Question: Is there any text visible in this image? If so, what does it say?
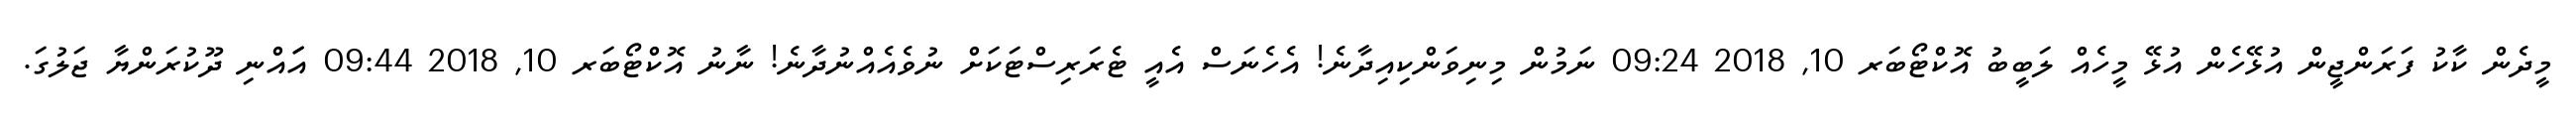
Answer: މީދެން ކާކު ފަރަންޖީން އުޅޭހެން އުޅޭ މީހެއް ލަބީބު އޮކްޓޯބަރ 10, 2018 09:24 ނަމުން މިނިވަންކިއިދާނެ! އެހެނަސް އެއީ ޓެރަރިސްޓަކަށް ނުވެއެއްނުދާނެ! ނާނު އޮކްޓޯބަރ 10, 2018 09:44 އަައްނި ދޫކުރަންޔާ ޖަލުގަ.